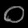
Digit: ၀